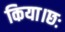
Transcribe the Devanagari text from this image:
किया।छः